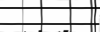
٤٤